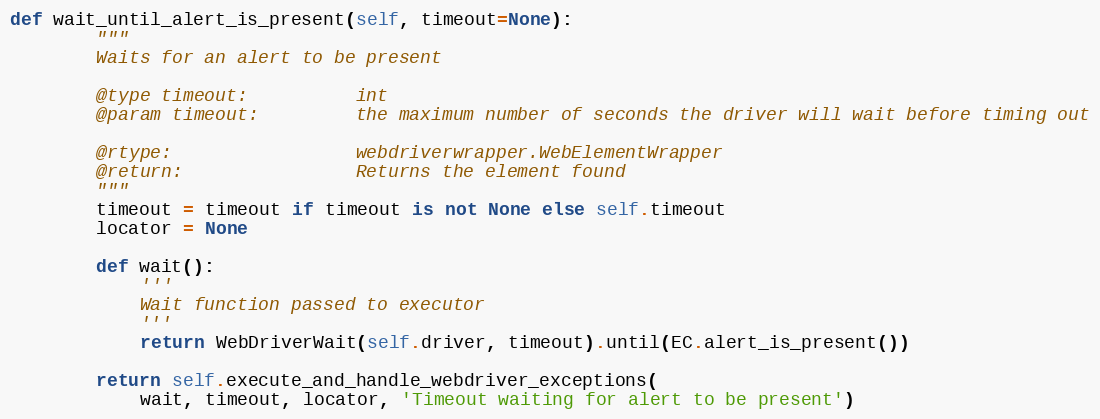
Language: Python
def wait_until_alert_is_present(self, timeout=None):
        """
        Waits for an alert to be present

        @type timeout:          int
        @param timeout:         the maximum number of seconds the driver will wait before timing out

        @rtype:                 webdriverwrapper.WebElementWrapper
        @return:                Returns the element found
        """
        timeout = timeout if timeout is not None else self.timeout
        locator = None

        def wait():
            '''
            Wait function passed to executor
            '''
            return WebDriverWait(self.driver, timeout).until(EC.alert_is_present())

        return self.execute_and_handle_webdriver_exceptions(
            wait, timeout, locator, 'Timeout waiting for alert to be present')